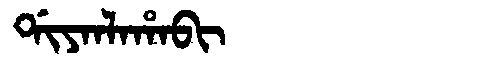
Manchu: ᡩᡳᠶᠠᠨᠯᠠᡥᠠᠪᡳ
Romanization: DIYANLAHABI